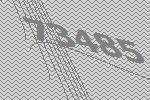
73485